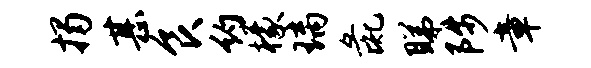
揭甚食约檬璃彘睇陟章